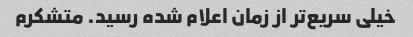
خیلی سریع‌تر از زمان اعلام شده رسید. متشکرم